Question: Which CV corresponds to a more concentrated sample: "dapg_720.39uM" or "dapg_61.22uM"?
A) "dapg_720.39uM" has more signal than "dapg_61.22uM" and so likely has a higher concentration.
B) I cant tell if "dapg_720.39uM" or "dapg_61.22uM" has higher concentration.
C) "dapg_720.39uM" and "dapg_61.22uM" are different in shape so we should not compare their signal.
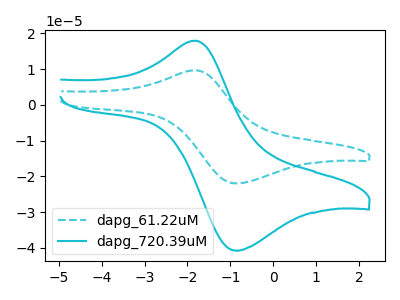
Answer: <think>The cyan dashed curve "dapg_61.22uM" has an anodic peak at (-1.80V, 9.70uA) and a cathodic peak at (-0.90V, -21.95uA). The cyan curve "dapg_720.39uM" has an anodic peak at (-1.80V, 17.95uA) and a cathodic peak at (-0.90V, -40.80uA).
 All the peaks in "dapg_720.39uM" have a peak in "dapg_61.22uM" at the same potential. Every peak in "dapg_720.39uM" is higher than every peak in "dapg_61.22uM".</think>
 <answer>A) "dapg_720.39uM" has more signal than "dapg_61.22uM" and so likely has a higher concentration.</answer>
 <eval>A</eval>